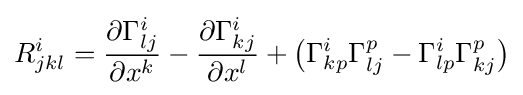
{R_{jkl}^{i}}={\frac {\partial \Gamma _{lj}^{i}}{\partial x^{k}}}-{\frac {\partial \Gamma _{kj}^{i}}{\partial x^{l}}}+{\big (}\Gamma _{kp}^{i}\Gamma _{lj}^{p}-\Gamma _{lp}^{i}\Gamma _{kj}^{p}{\big )}